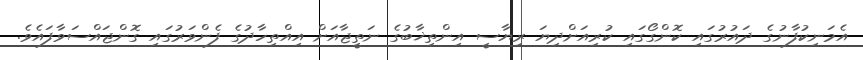
އެމަނިކުފާނުގެ ދައުރުގައި ކޮންގޯގައި ކުރިއަށްދިޔަ ރިޔާސީ އިންތިޚާބުގެ ނަތީޖާއަށް އިއްތިހާދުގެ ފެންވަރުގައި ގޮންޖައްސަވާފައެވެ.